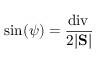
\sin ( \psi ) = \frac { \mathrm { d i v } \, \u } { 2 | \mathrm { \bf S } | }